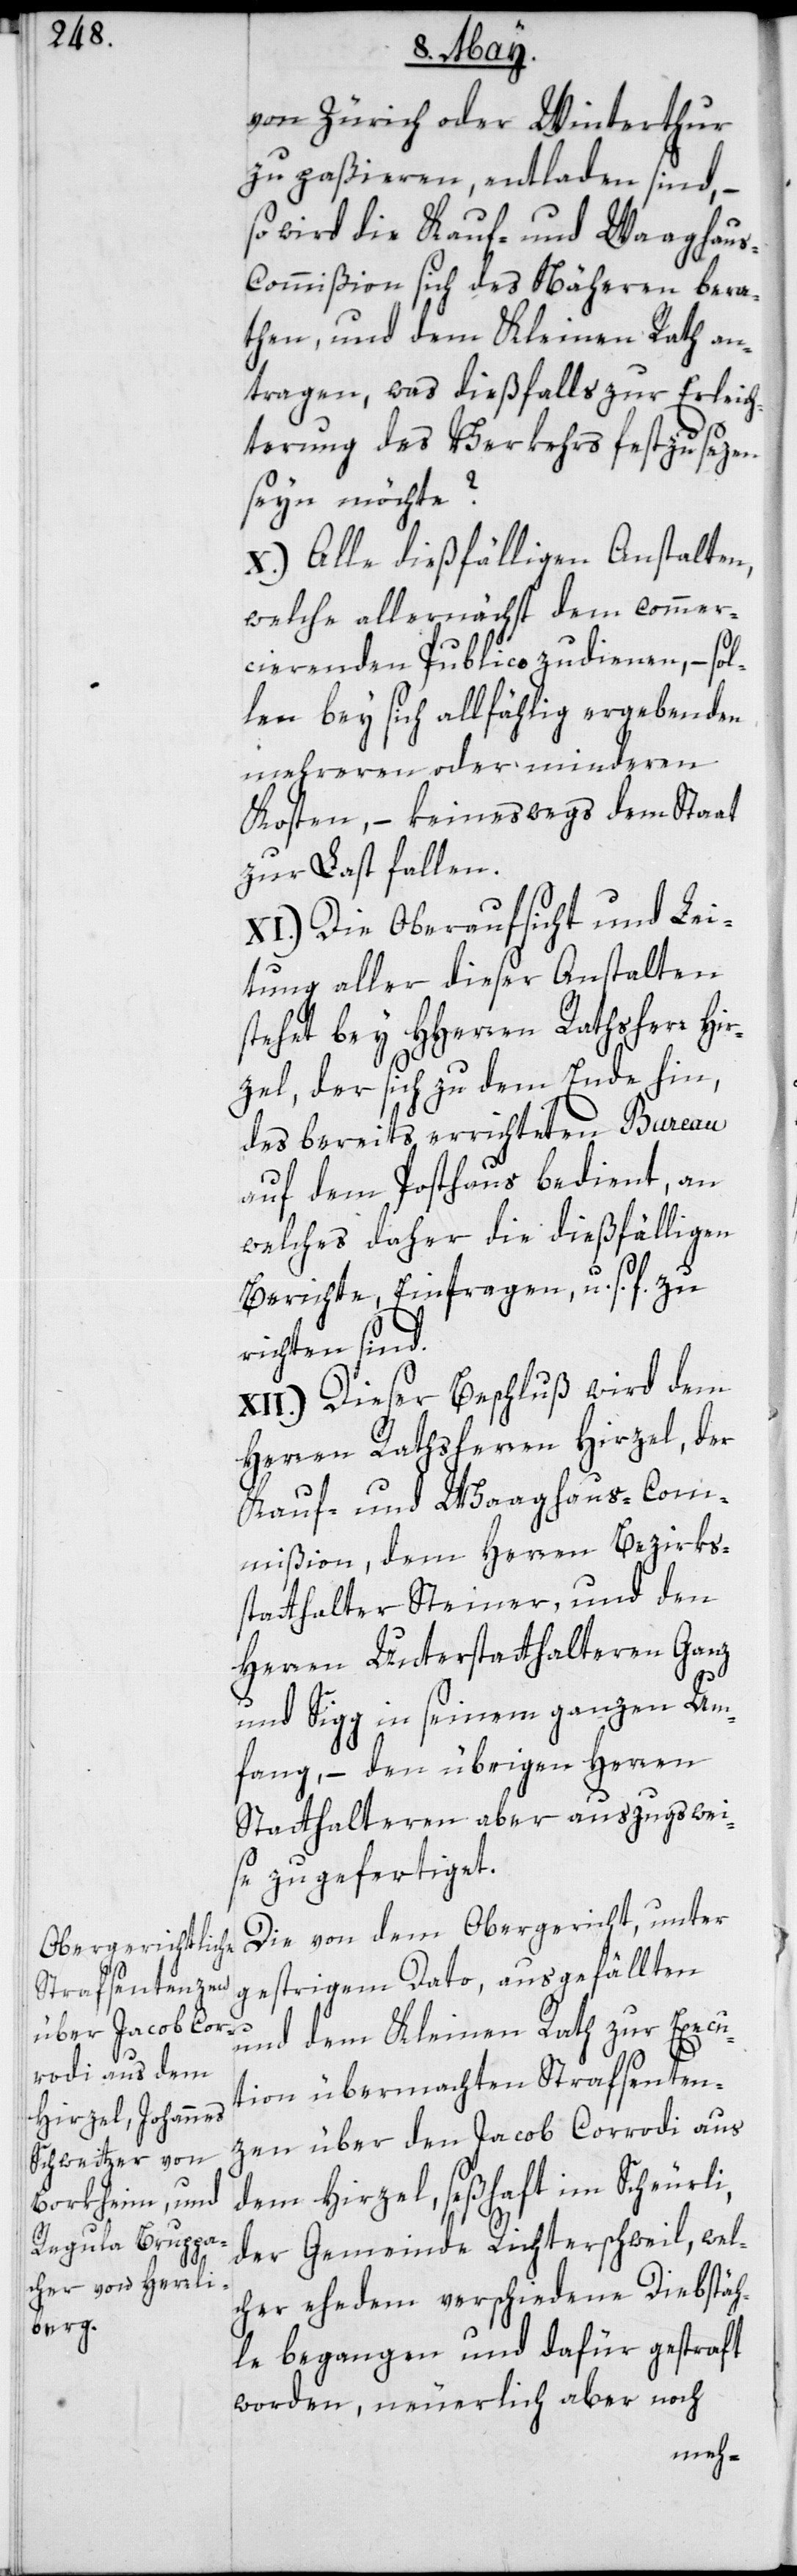
Zürich oder Winterthur
zu paßieren, entladen sind, –
so wird die Kauf- und Waaghau¬
s-Commißion sich des Näheren bera¬
then, und dem Kleinen Rath an¬
tragen, was dießfalls zur Erleich¬
terung des Verkehrs festzusezen
seyn möchte?
X.) Alle dießfälligen Anstalten,
welche allernächst dem commer¬
cierenden Publico zudienen, – sol¬
len bey sich allfählig ergebenden
mehreren oder minderen
Kosten, – keineswegs dem Staat
zur Last fallen.
XI.) Die Oberaufsicht und Lei¬
tung aller dieser Anstalten
stehet bey HHerren Rathsherr Hi¬
rzel, der sich zu dem Ende hin,
des bereits errichteten Bureau
auf dem Posthaus bedient, an
welches daher die dießfälligen
Berichte, Einfragen u. s. f. zu
richten sind.
XII.) Dieser Beschluß wird dem
Herren Rathsherren Hirzel, der
Kauf- und Waaghaus-Com¬
mißion, dem Herren Bezirks¬
statthalter Steiner, und den
Herren Unterstatthalteren Ganz
und Sigg in seinem ganzen Um¬
fang, – den übrigen Herren
Statthalteren aber auszugswei¬
se zugefertiget.
Die von dem Obergericht, unter
gestrigem Dato, ausgefällten
und dem Kleinen Rath zur Execu¬
tion übermachten Strafsenten¬
zen über den Jacob Corrodi aus
dem Hirzel, seßhaft im Scheurli,
der Gemeinde Richterschweil, wel¬
cher ehedem verschiedene Diebstäh¬
le begangen und dafür gestraft
worden, neuerlich aber noch